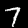
Digit: 7